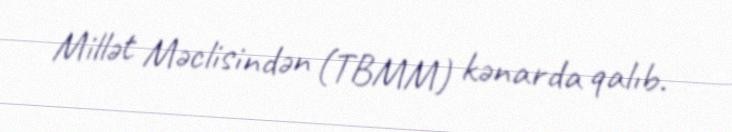
Millət Məclisindən (TBMM) kənarda qalıb.